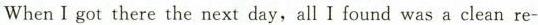
When I got there the next day, all I lound was a clean re-